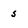
Character: 5